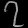
Digit: ၇